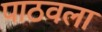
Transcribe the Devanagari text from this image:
पाठवला